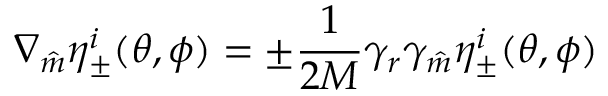
\nabla _ { \hat { m } } \eta _ { \pm } ^ { i } ( \theta , \phi ) = \pm \frac { 1 } { 2 M } \gamma _ { r } \gamma _ { \hat { m } } \eta _ { \pm } ^ { i } ( \theta , \phi )